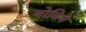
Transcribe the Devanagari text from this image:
बोविने